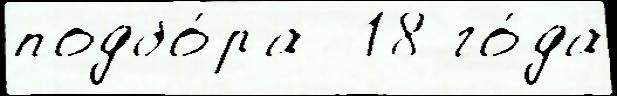
подбо́ра  18 го́да